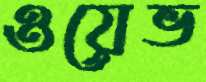
ওয়েভ